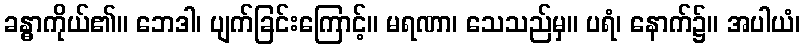
ခန္ဓာကိုယ်၏။ ဘေဒါ၊ ပျက်ခြင်းကြောင့်။ မရဏာ၊ သေသည်မှ။ ပရံ၊ နောက်၌။ အပါယံ၊